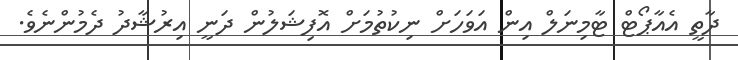
ދާތީ އެއާޕޯޓް ޓާމިނަލް އިން އަވަހަށް ނިކުތުމަށް އޮފިޝަލުން ދަނީ އިރުޝާދު ދެމުންނެވެ.